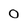
Character: 0